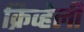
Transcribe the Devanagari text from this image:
क्रिव्हेली